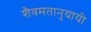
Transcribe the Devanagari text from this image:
शैवमतानुयायी